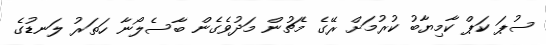
ސުޕަ ކަޕް ކާމިޔާބު ކުރުމަށް ރޭގެ މެޗުން މަދުވެގެން ބާސެލޯނާ ހަތަރު ލަނޑުގެ